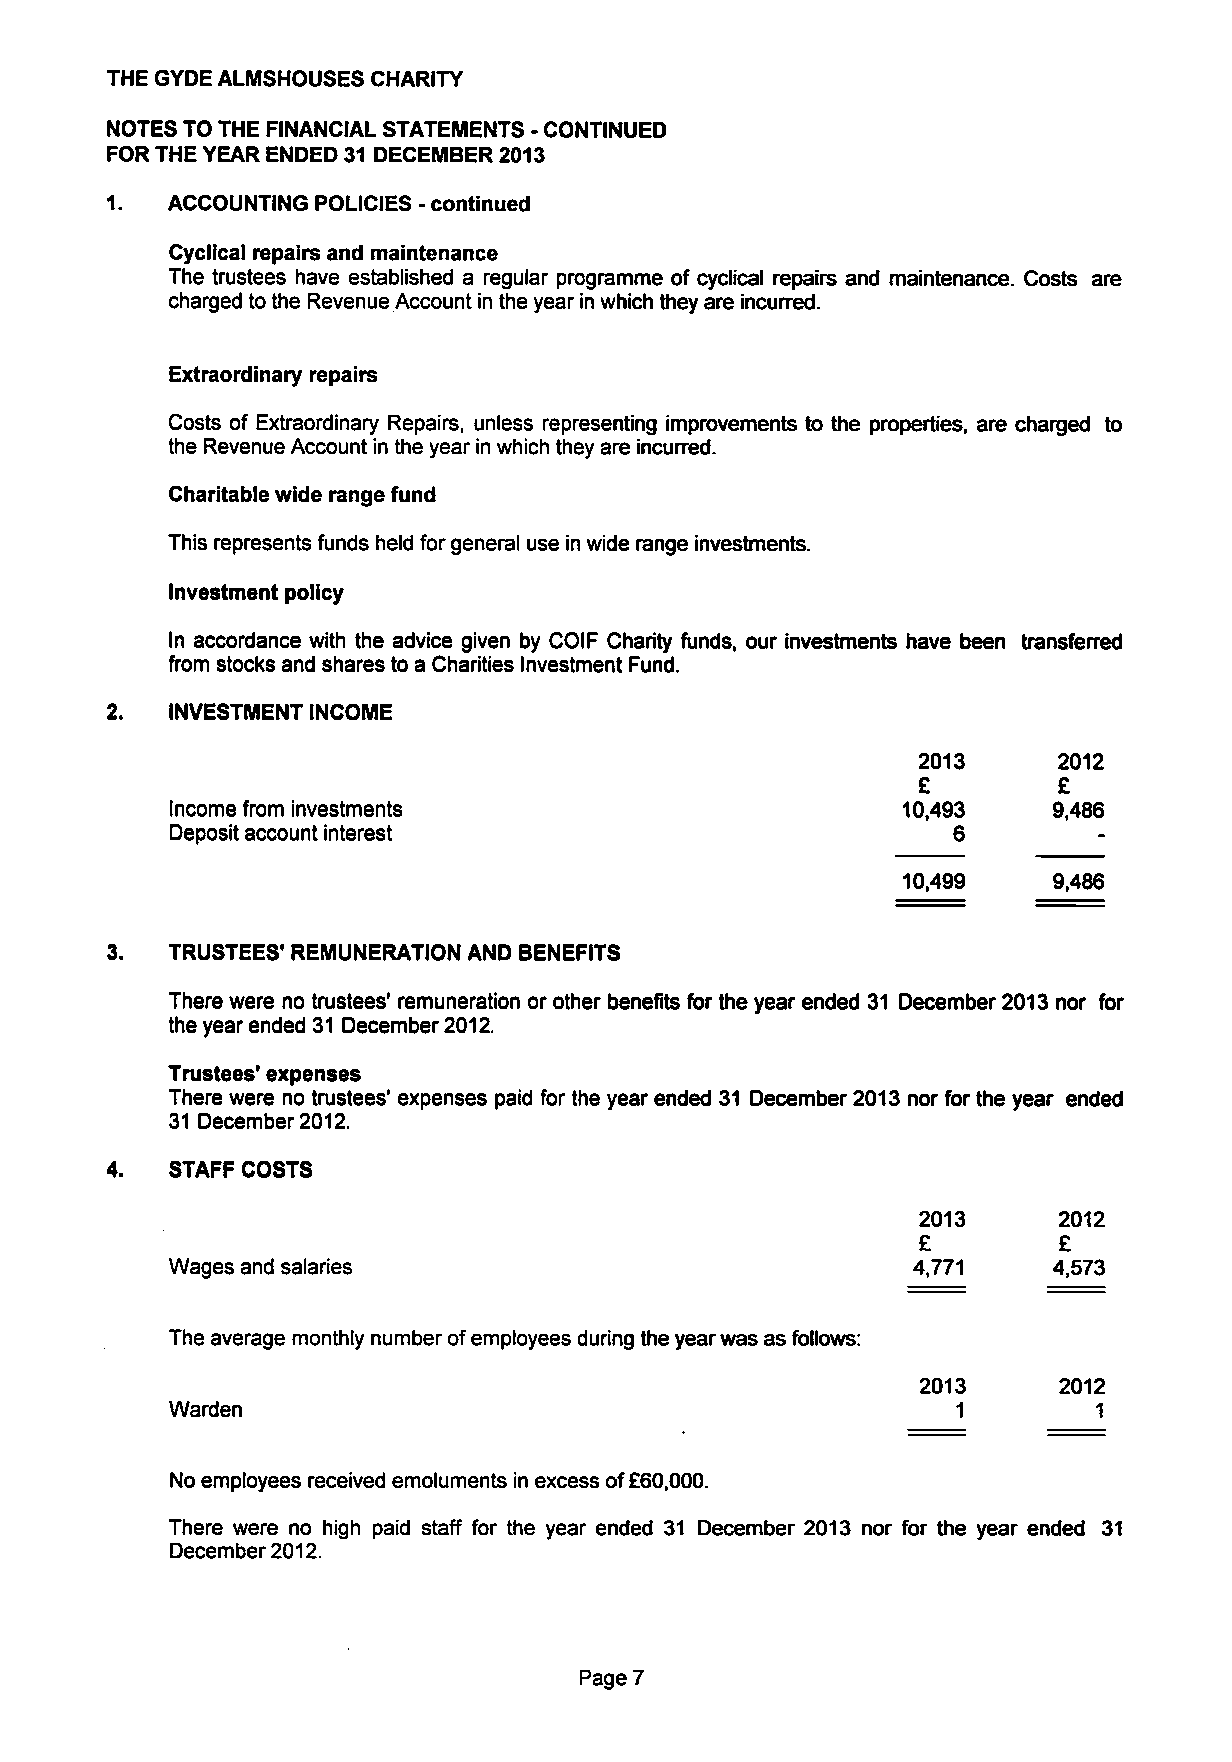
THE GYDEALMSHOUSESCHARITY
 NOTESTOTHE FINANCIAL STATEMENTS - CONTINUED
 FORTHEYEAR ENDED 31 DECEMBER2013
 1.  ACCOUNTING POLICIES - continued
 Cyclical repairs and maintenance
 The trustees have established a regular programme of cyclical repairs and maintenance. Costs are
 chargedtothe RevenueAccountinthe yearinwhichthey are incurred.
 Extraordinary repairs
 Costs of Extraordinary Repairs, unless representing improvements to the properties, are charged to
 the RevenueAccountinthe yearinwhich they are incurred.
 Charitablewide range fund
 This representsfunds held forgeneral use inwide range investments.
 Investment policy
 In accordance with the advice given by COIF Charity funds, our investments have been transferred
 from stocksand sharesto a Charities InvestmentFund.
 2.  INVESTMENT INCOME
 2013     2012
 £        £
 Incomefrom investments                           10,493    9,486
 Depositaccountinterest                              6
 10,499    9,486
 TRUSTEES' REMUNERATION AND BENEFITS
 Therewere no trustees' remuneration or other benefits for the yearended 31 December2013 nor for
 theyearended 31 December2012.
 Trustees' expenses
 Therewere no trustees' expenses paid for the yearended 31 December2013 nor for the year ended
 31 December2012.
 STAFF COSTS
 2013     2012
 £        £
 Wagesandsalaries                                 4,771     4,573
 Theaverage monthly numberofemployeesduring the yearwasasfollows:
 2013     2012
 Warden                                              1        1
 Noemployeesreceived emoluments inexcessof£60,000.
 There were no high paid staff for the year ended 31 December 2013 nor for the year ended 31
 December2012.
 Page7